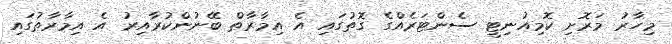
މިހާރު މަރޮށި ކޮމިއުނިޓީ ސެންޓަރެއްގެ ގޮތުގައި އެ އިމާރާތް ބޭނުންކުރާއިރު އެ އިމާރާތުގައި